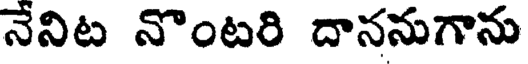
నేనిట నొంటరి దాననుగాను